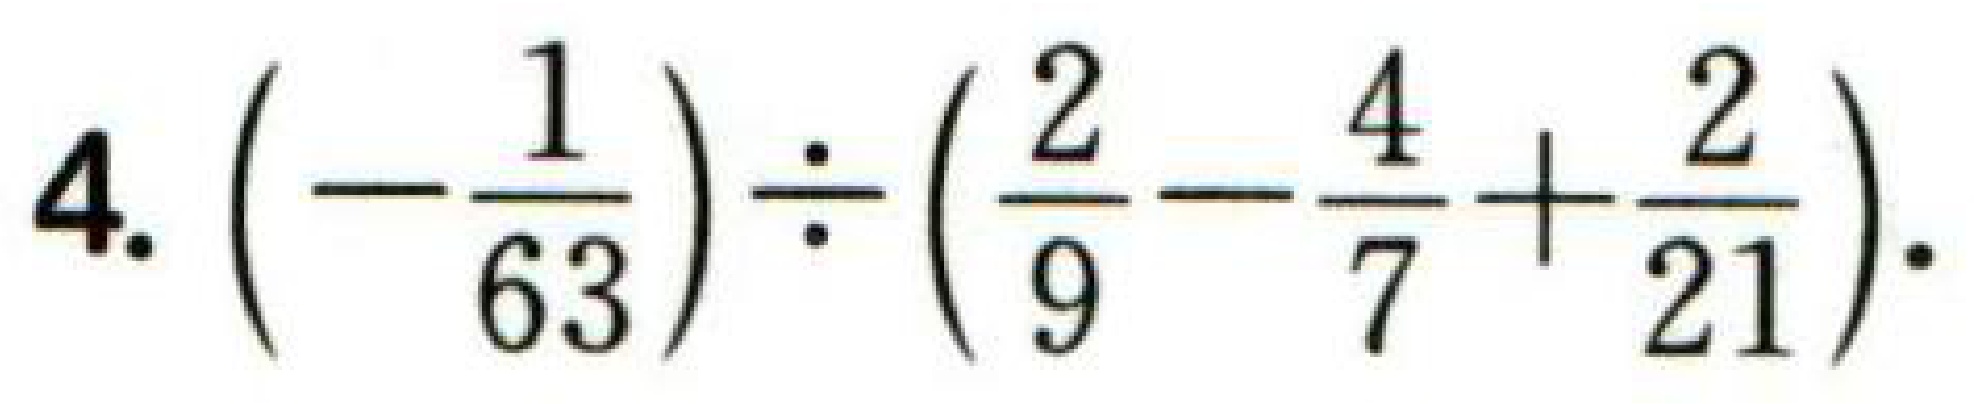
$4.\left(-\dfrac{1}{63}\right)\div\left(\dfrac{2}{9}-\dfrac{4}{7}+\dfrac{2}{21}\right).$